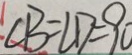
\angle B = \angle D = 9 0